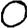
Digit: 0